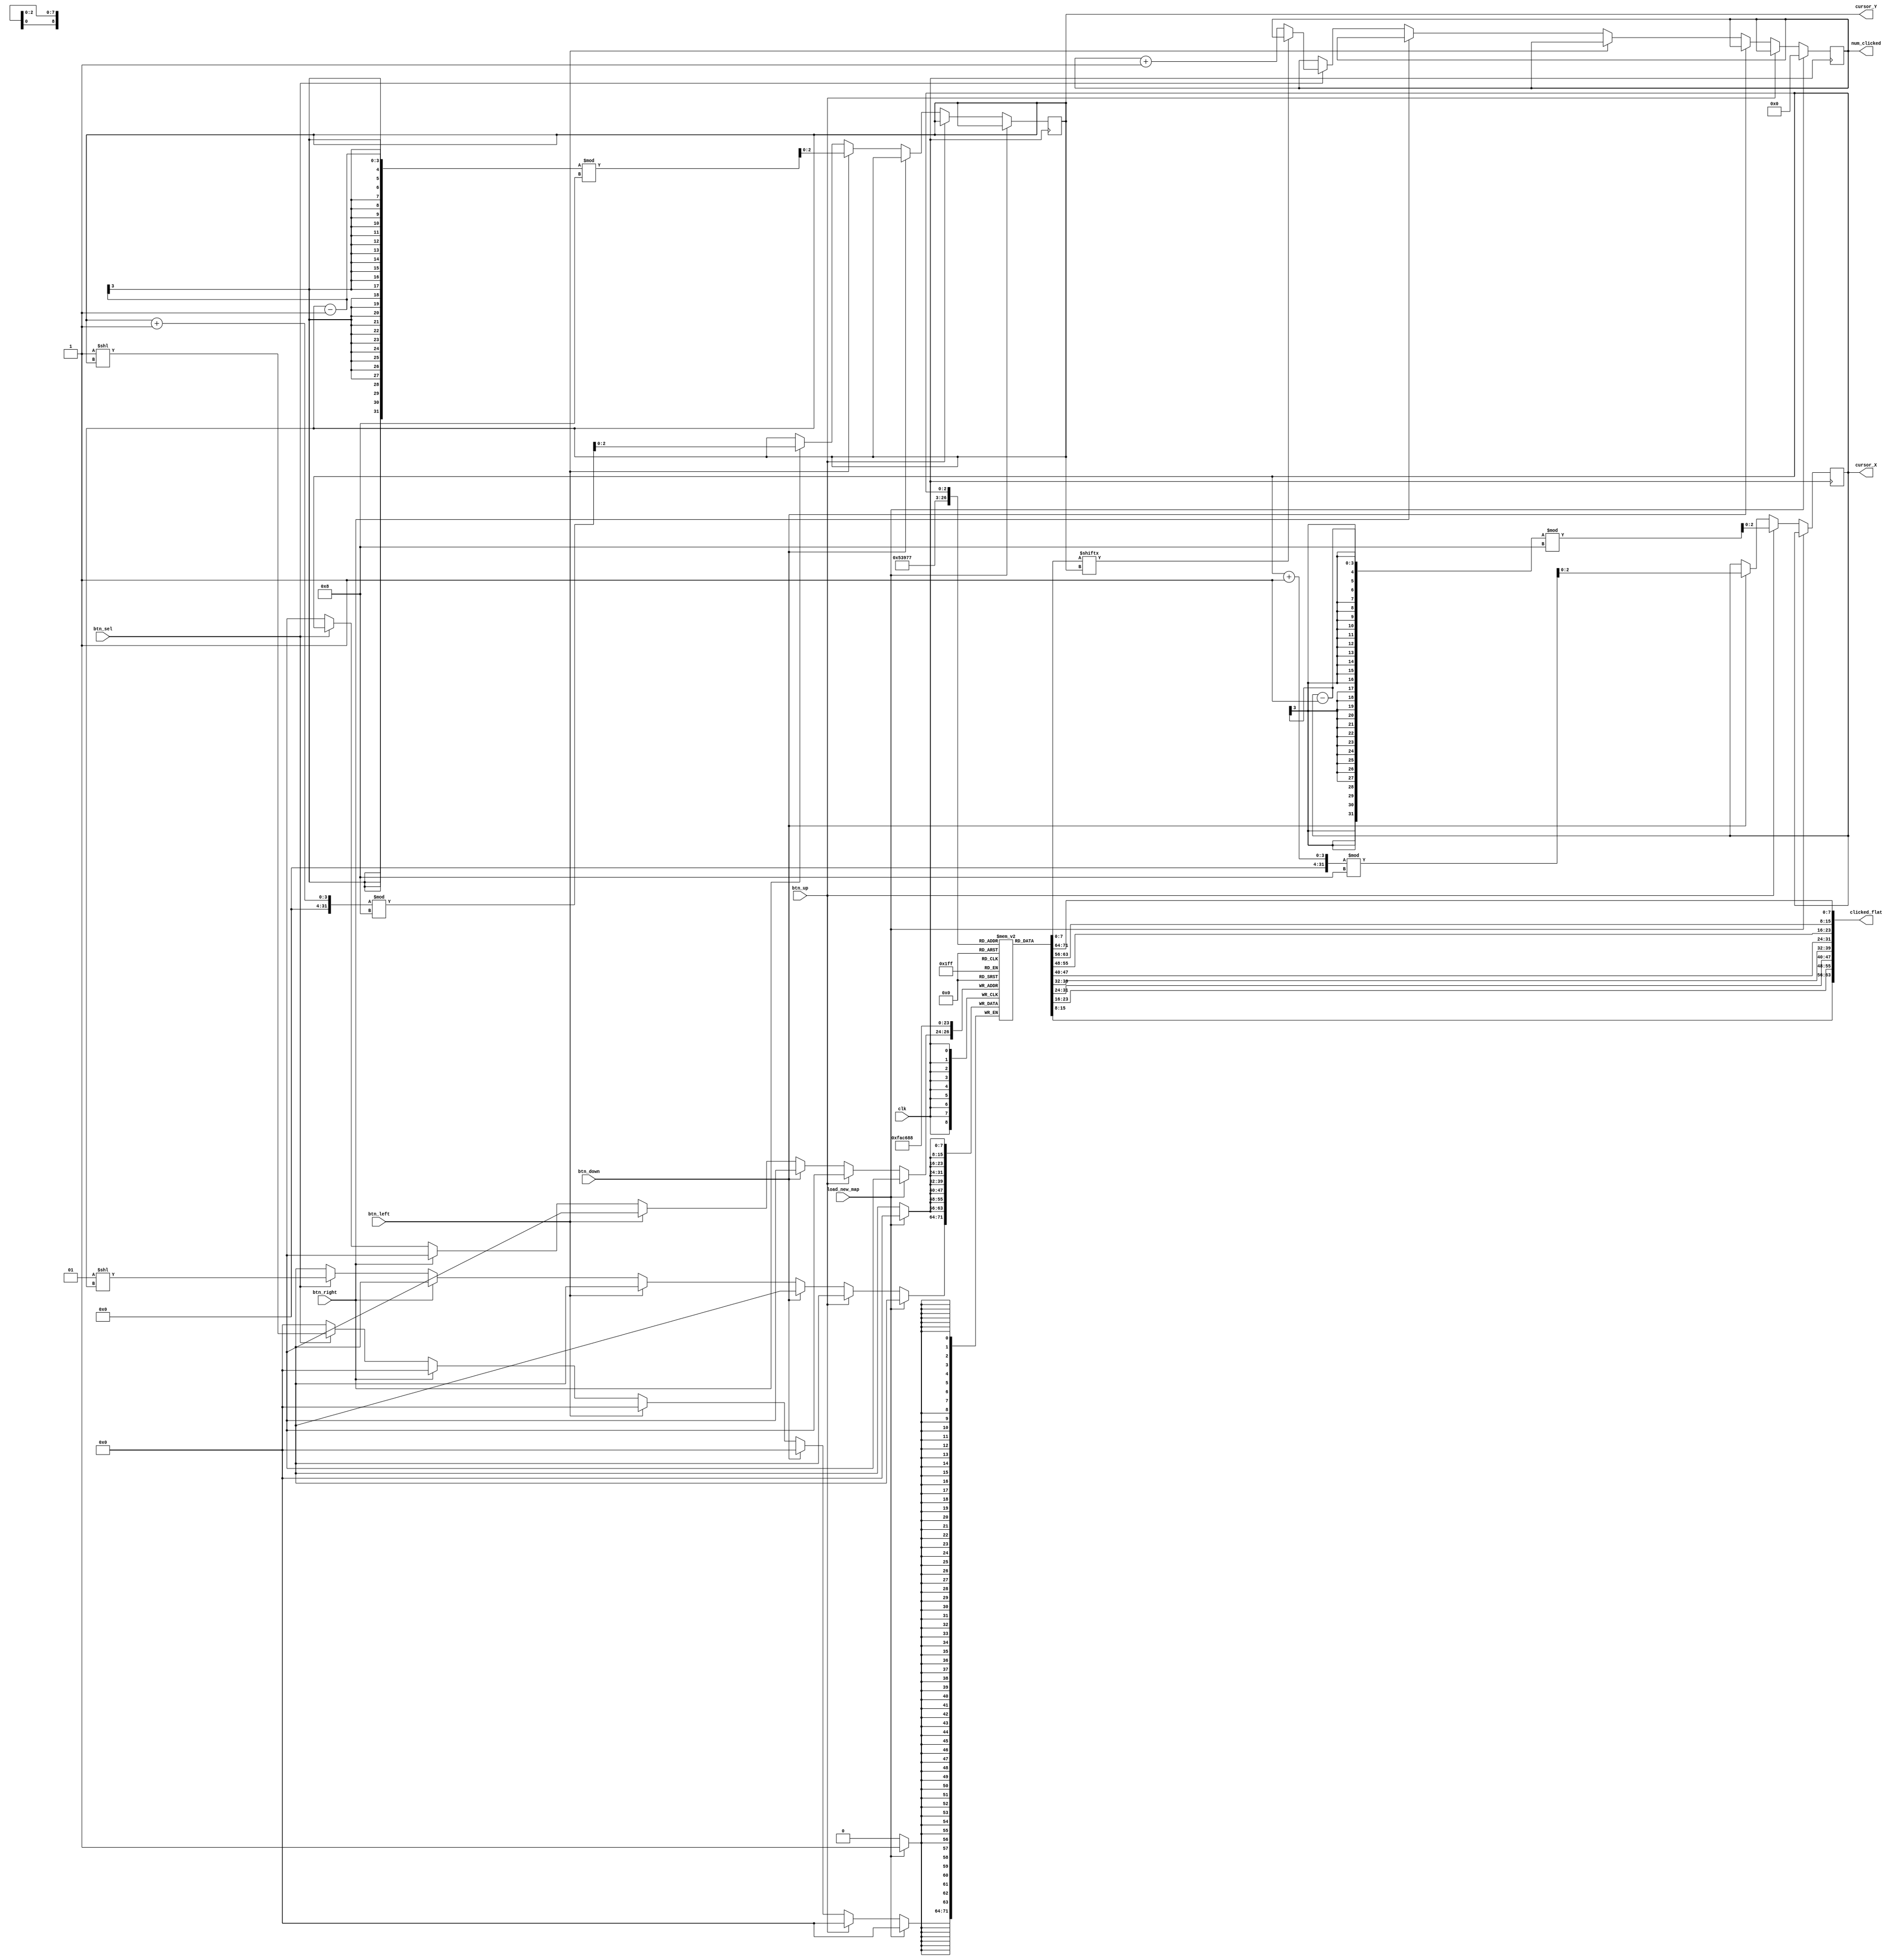
`timescale 1ns / 1ps
//////////////////////////////////////////////////////////////////////////////////
// Company: 
// Engineer: 
// 
// Design Name: 
// Module Name:    map_state 
// Project Name: 
// Target Devices: 
// Tool versions: 
// Description: 
//
// Dependencies: 
//
// Revision: 
// Revision 0.01 - File Created
// Additional Comments: 
//
//////////////////////////////////////////////////////////////////////////////////
module map_state(
	// INPUT
	clk, load_new_map,
	btn_up, btn_down, btn_left, btn_right, btn_sel,
	// OUTPUT
	clicked_flat, cursor_X, cursor_Y, num_clicked
	
   );

	input clk;
	input load_new_map;
	input btn_up;
	input btn_down;
	input btn_left;
	input btn_right;
	input btn_sel;

	output [63:0] clicked_flat;
	output [2:0] cursor_X;
	output [2:0] cursor_Y;
	output [5:0] num_clicked;


	// Internal Variables
	// Each bit tells you whether clicked or not.
	reg [7:0] clicked [0:7];
	
	reg [2:0] cursor_pos_X = 0;
	reg [2:0] cursor_pos_Y = 0;
	reg [5:0] number_clicked = 0;

	assign clicked_flat = {clicked[7],clicked[6],clicked[5],clicked[4],clicked[3],clicked[2],clicked[1],clicked[0]};

	assign cursor_X = cursor_pos_X;
	assign cursor_Y = cursor_pos_Y;
	assign num_clicked = number_clicked;

	

	always @ (posedge clk)
		begin
			if (load_new_map) // reset the clicked status of all squares
				begin 
					clicked[0][7:0] <= (8'b00000000);
					clicked[1][7:0] <= (8'b00000000);
					clicked[2][7:0] <= (8'b00000000);
					clicked[3][7:0] <= (8'b00000000);
					clicked[4][7:0] <= (8'b00000000);
					clicked[5][7:0] <= (8'b00000000);
					clicked[6][7:0] <= (8'b00000000);
					clicked[7][7:0] <= (8'b00000000);
					number_clicked <= 0;
				end
			else if (!load_new_map)
				begin // listen for button presses
					if (btn_up)
						begin
							cursor_pos_X <= (cursor_pos_X - 1)%8;
						end
					else if (btn_down)
						begin
							cursor_pos_X <= (cursor_pos_X + 1)%8;
						end
					else if (btn_left)
						begin
							cursor_pos_Y <= (cursor_pos_Y - 1)%8;
						end
					else if (btn_right)
						begin
							cursor_pos_Y <= (cursor_pos_Y + 1)%8;
						end
					else if (btn_sel)
						begin
							if (!clicked[cursor_pos_X][cursor_pos_Y])
								begin
									number_clicked <= number_clicked + 1;
								end
							clicked[cursor_pos_X][cursor_pos_Y] <= 1;
							
						end
				end
		end

endmodule